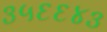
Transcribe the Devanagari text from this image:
३५६६४३